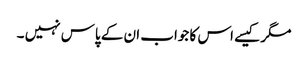
مگر کیسے اس کا جواب ان کے پاس نہیں ۔